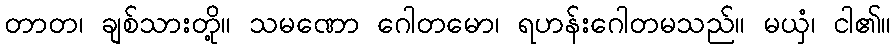
တာတ၊ ချစ်သားတို့။ သမဏော ဂေါတမော၊ ရဟန်းဂေါတမသည်။ မယှံ၊ ငါ၏။